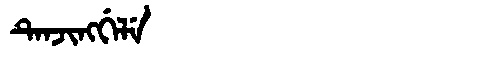
Manchu: ᡨᡝᠨᠵᡳᠩᡤᡝᠯᡝ
Romanization: TENJINGGELE